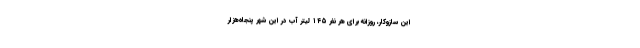
این سازوکار، روزانه برای هر نفر ۱۴۵ لیتر آب در این شهر پنجاه‌هزار